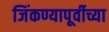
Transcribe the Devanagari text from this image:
जिंकण्यापूर्वीच्या